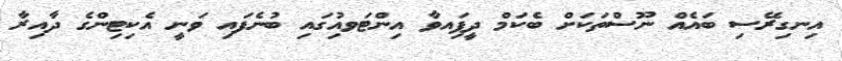
އިނގިރޭސި ބައެއް ނޫސްތަކަށް ބެކަމް ދީފަިއވާ އިންޓަވއިުގައި ބުނެފައި ވަނީ އެކިޓިންގެ ދާއިރާ